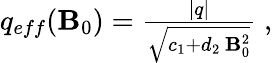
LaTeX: \begin{array}{r}{q_{eff}({\mathbf B}_{0})=\frac{|q|}{\sqrt{c_{1}+d_{2}\, {{\mathbf B}_{0}^{2}}}}\; ,}\end{array}